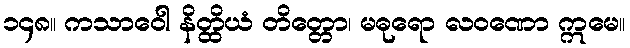
၁၄၈။ ကသာဝေါ နိတ္ထိယံ တိတ္တော၊ မဓုရော လဝဏော ဣမေ။